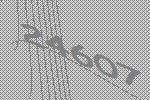
24607